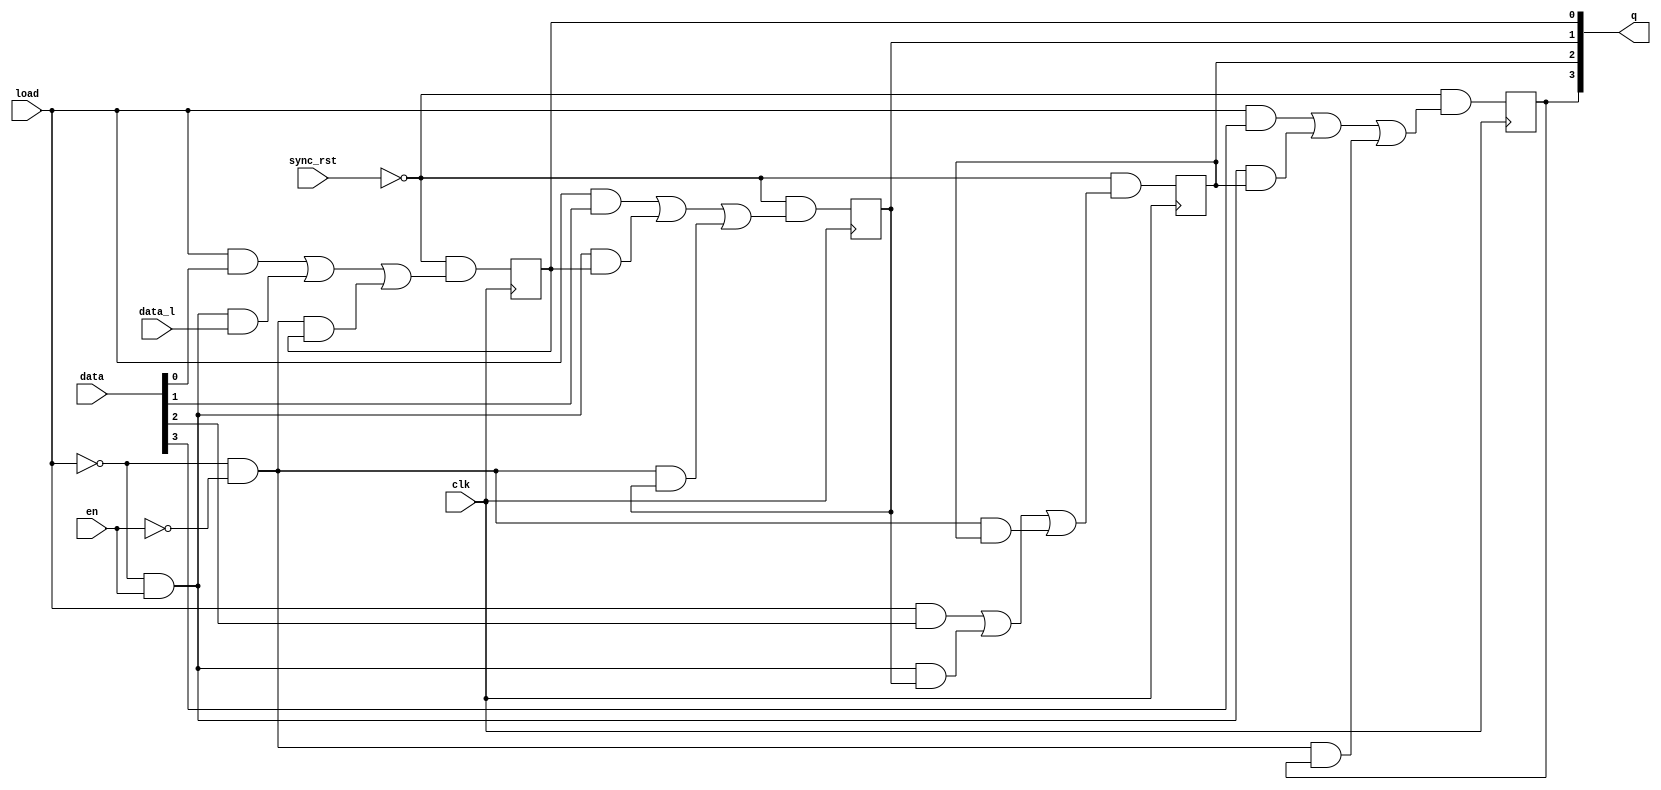
`timescale 1ns/1ps

module left_shift_reg
    #(parameter DW=4)
    (
    input wire clk,
    input wire sync_rst,
    input wire load,
    input wire en,
    input wire [DW-1:0] data,
    input wire data_l,
    output reg [DW-1:0] q
    );

    // bit 0
    always @(posedge clk)
        q[0]<=  (~sync_rst)&
                (load&data[0]|(~load)&en&data_l|(~load)&(~en)&q[0]);

    // bit [DW-1:1]
    genvar i;
    generate
        for(i=1;i<DW;i=i+1)
            begin:dff_array
                always @(posedge clk)
                    q[i]<=  (~sync_rst)&
                            (load&data[i]|(~load)&en&q[i-1]|(~load)&(~en)&q[i]);
            end
    endgenerate
endmodule